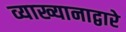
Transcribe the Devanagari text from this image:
व्याख्यानाद्वारे